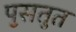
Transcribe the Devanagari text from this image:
पॖसतुत